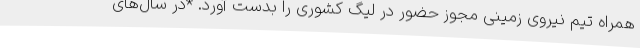
همراه تیم نیروی زمینی مجوز حضور در لیگ کشوری را بدست آورد. *در سال‌های